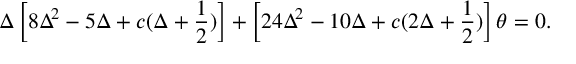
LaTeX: \Delta \left[ 8 \Delta ^ { 2 } - 5 \Delta + c ( \Delta + \frac { 1 } { 2 } ) \right] + \left[ 2 4 \Delta ^ { 2 } - 1 0 \Delta + c ( 2 \Delta + \frac { 1 } { 2 } ) \right] \theta = 0 .